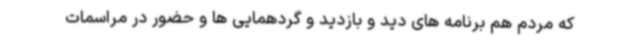
که مردم هم برنامه های دید و بازدید و گردهمایی ها و حضور در مراسمات